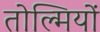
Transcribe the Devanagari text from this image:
तोल्मियों